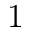
1